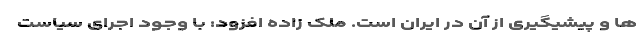
ها و پیشیگیری از آن در ایران است. ملک زاده افزود: با وجود اجرای سیاست